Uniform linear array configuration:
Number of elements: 32
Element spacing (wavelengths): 0.75
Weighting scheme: blackman
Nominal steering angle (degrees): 45
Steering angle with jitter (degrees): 45.261
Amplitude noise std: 0.05
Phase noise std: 0.05

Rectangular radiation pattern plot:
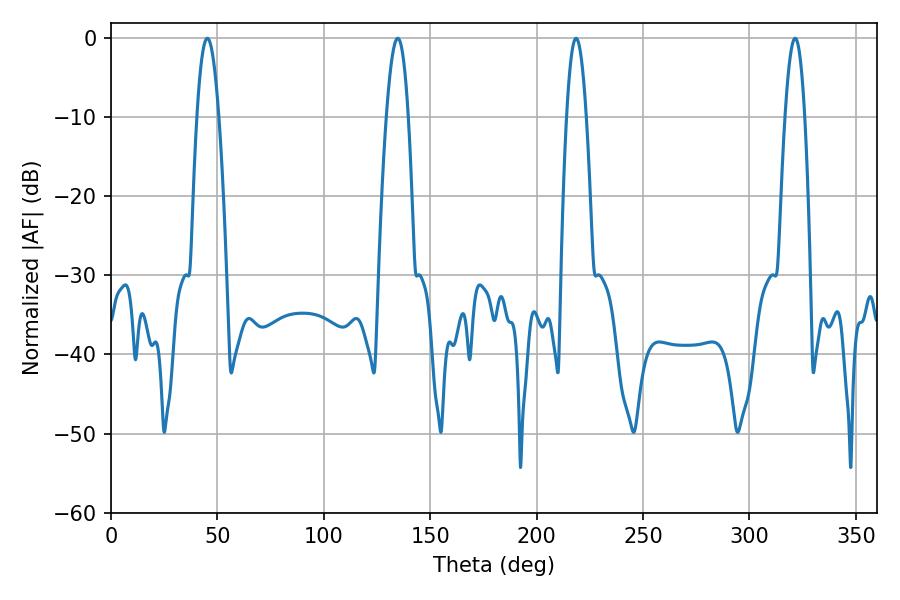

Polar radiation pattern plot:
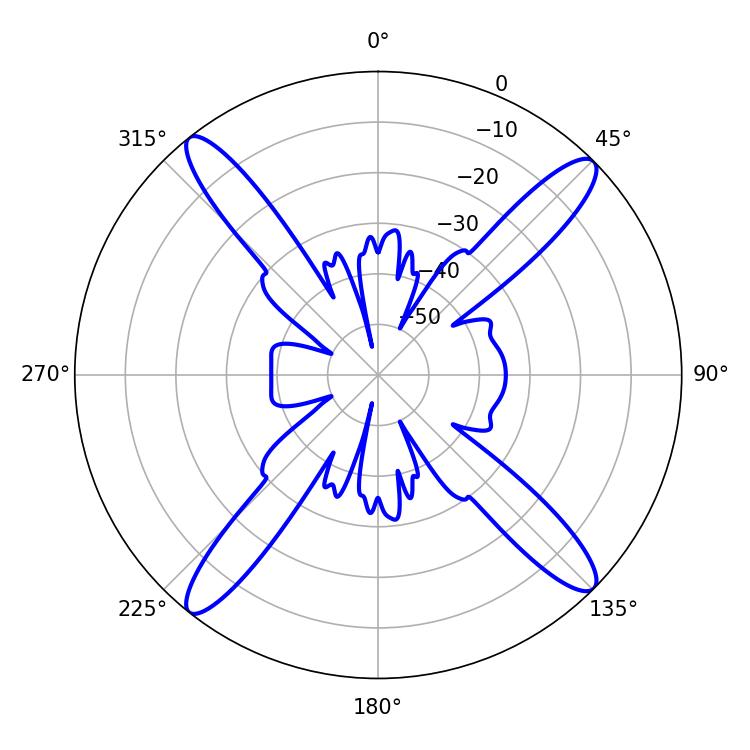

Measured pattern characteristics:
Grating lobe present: TRUE
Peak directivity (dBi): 17.912
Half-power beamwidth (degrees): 5.04
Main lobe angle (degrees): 218.52